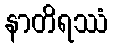
နာတိရဿံ